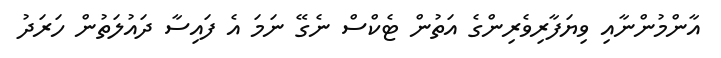
އާންމުންނާއި ވިޔަފާރިވެރިންގެ އަތުން ޓެކްސް ނެގޭ ނަމަ އެ ފައިސާ ދައުލަތުން ހަރަދު